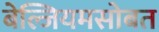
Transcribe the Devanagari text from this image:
बेल्जियमसोबत